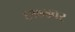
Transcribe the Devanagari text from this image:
६१७४वर